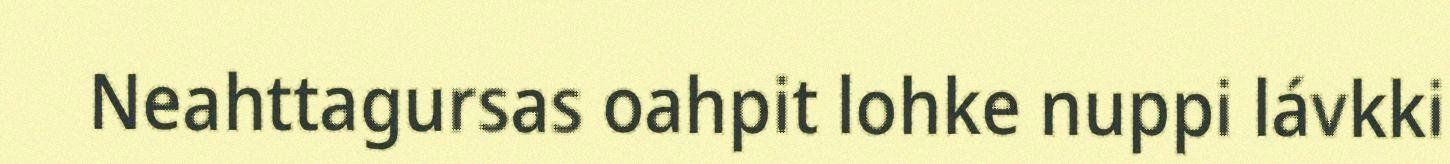
Neahttagursas oahpit lohke nuppi lávkki